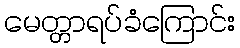
မေတ္တာရပ်ခံကြောင်း